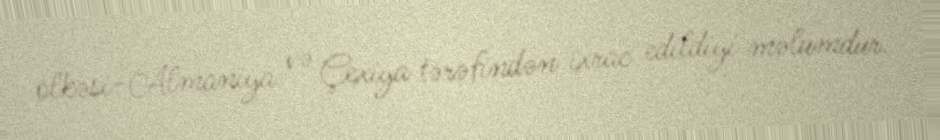
ölkəsi-Almaniya və Çexiya tərəfindən ixrac edildiyi məlumdur.